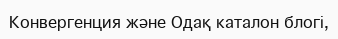
Конвергенция және Одақ каталон блогі,